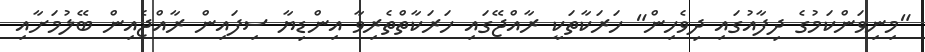
"މިނިވަންކަމުގެ ދިފާއުގައި ދިވެހިން" ހަރަކާތަކީ ރާއްޖޭގައި ހަރަކާތްތެރިވާ އިންޑިޔާ ސިފައިން ރާއްޖެއިން ބޭލުމަށާއި